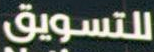
للتسويق